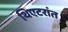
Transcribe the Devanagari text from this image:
थिएटरांत